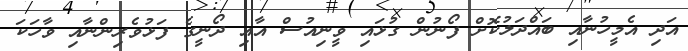
އަދި އެމީހުނާއި ބައްދަލުކޮށް ފޯނުން ގުޅައި ވީނިއުސް އާއި ދޯނީގެ ފަޅުވެރިންނާއި ވާހަކަ